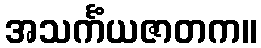
အသင်္ကံယဇာတက။